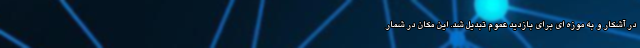
در آشکار و به موزه ای برای بازدید عموم تبدیل شد. این مکان در شمار